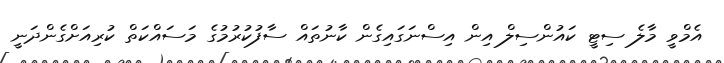
އެމްވީ މާލެ ސިޓީ ކައުންސިލް އިން އިސްނަގައިގެން ކާނުތައް ސާފުކުރުމުގެ މަސައްކަތް ކުރިއަށްގެންދަނީ